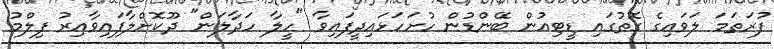
ފުރަތަމަ ލަވައިގެ ގޮތުގައި ޑީޓިއުން ބޭންޑުން ހުށަަހަޅައިދީފައިވާ "ހީލާ ހަދާލަން" ދޫކޮށްލާފައިވާއިރު ފިލްމު